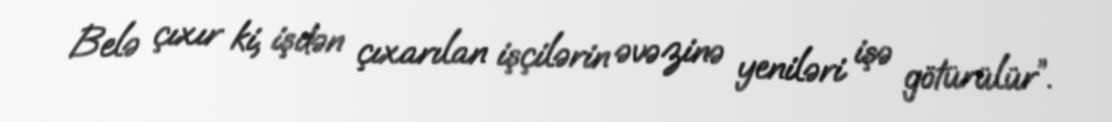
Belə çıxır ki, işdən çıxarılan işçilərin əvəzinə yeniləri işə götürülür”.